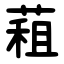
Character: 蒩